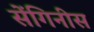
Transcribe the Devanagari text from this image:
सेंगिनीस